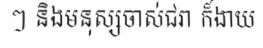
ៗ និងមនុស្សចាស់ជរា ក៏ងាយ